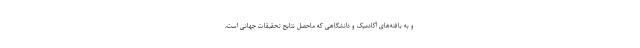
و به یافته‌های آکادمیک و دانشگاهی که ماحصل نتایج تحقیقات جهانی است،